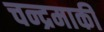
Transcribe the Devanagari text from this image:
चन्द्रमाकी